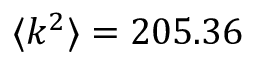
\langle k ^ { 2 } \rangle = 2 0 5 . 3 6